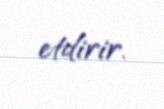
etdirir.